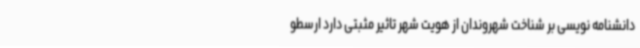
دانشنامه نویسی بر شناخت شهروندان از هویت شهر تاثیر مثبتی دارد ارسطو